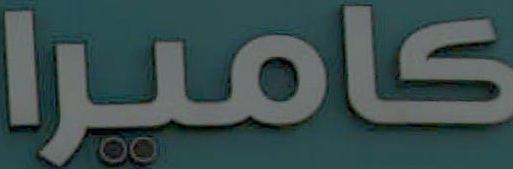
كاميرا